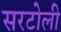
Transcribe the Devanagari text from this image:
सरटोली